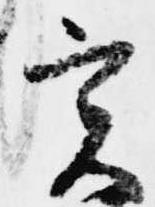
実